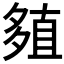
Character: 𡖻